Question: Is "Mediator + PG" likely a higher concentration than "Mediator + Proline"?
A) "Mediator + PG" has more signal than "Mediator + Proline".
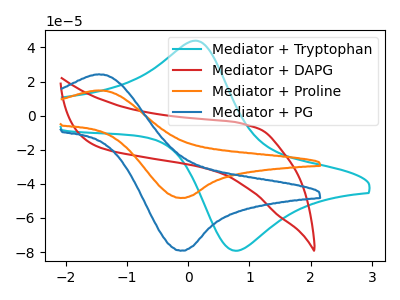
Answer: <think>The cyan curve "Mediator + Tryptophan" has an anodic peak at (0.10V, 43.95uA) and a cathodic peak at (0.80V, -79.10uA). The red curve "Mediator + DAPG" has no peaks. The orange curve "Mediator + Proline" has an anodic peak at (-1.45V, 14.75uA) and a cathodic peak at (-0.10V, -48.25uA). The blue curve "Mediator + PG" has an anodic peak at (-1.45V, 24.20uA) and a cathodic peak at (-0.10V, -79.15uA).
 All the peaks in "Mediator + PG" have a peak in "Mediator + Proline" at the same potential. Every peak in "Mediator + PG" is higher than every peak in "Mediator + Proline".</think>
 <answer>A) "Mediator + PG" has more signal than "Mediator + Proline".</answer>
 <eval>A</eval>